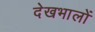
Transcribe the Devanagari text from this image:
देखभालों